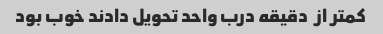
کمتر از  دقیقه درب واحد تحویل دادند خوب بود